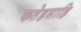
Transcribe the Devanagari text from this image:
फतेहसाहि